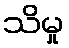
သိမှု